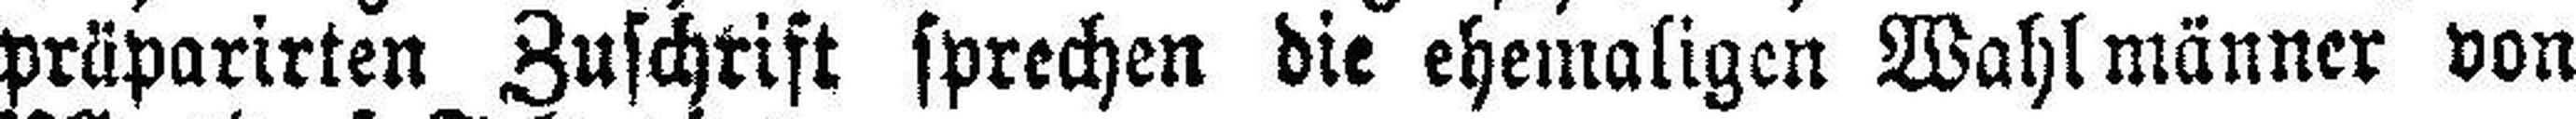
prüparirten Zuschrift sprechen die ehemaligen Wahl männer von